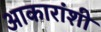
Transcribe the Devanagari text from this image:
आकारांशी